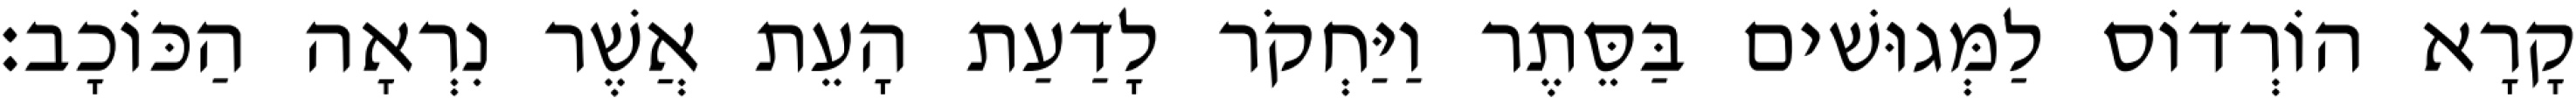
קָרָא הוֹרְדוֹס לַמְּגוּשׁים בַּסֵּתֶר וַיַּחְקֹר לָדַעַת הָעֵת אֲשֶׁר נִרְאָה הַכּוֹכָב׃